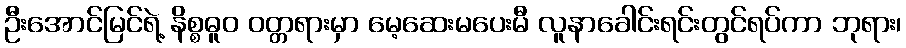
ဦးအောင်မြင်ရဲ့ နိစ္စဓူဝ ဝတ္တရားမှာ မေ့ဆေးမပေးမီ လူနာခေါင်းရင်းတွင်ရပ်ကာ ဘုရား၊